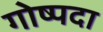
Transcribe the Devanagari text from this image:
गोष्पदा